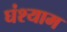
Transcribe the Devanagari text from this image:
घंश्याम